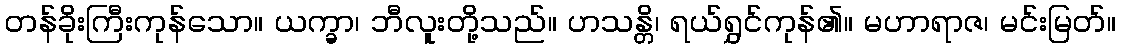
တန်ခိုးကြီးကုန်သော။ ယက္ခာ၊ ဘီလူးတို့သည်။ ဟသန္တိ၊ ရယ်ရွှင်ကုန်၏။ မဟာရာဇ၊ မင်းမြတ်။